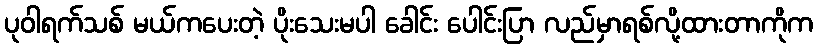
ပုဝါရက်သစ် မယ်ကပေးတဲ့ ပိုးသေးမပါ ခေါင်း ပေါင်းပြာ လည်မှာရစ်လို့ထားတာကိုက